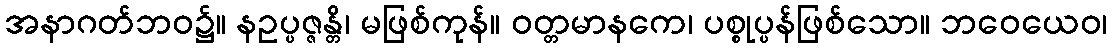
အနာဂတ်ဘဝ၌။ နဥပ္ပဇ္ဇန္တိ၊ မဖြစ်ကုန်။ ဝတ္တမာနကေ၊ ပစ္စုပ္ပန်ဖြစ်သော။ ဘဝေယေဝ၊